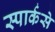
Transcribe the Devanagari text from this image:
स्पार्कसे